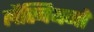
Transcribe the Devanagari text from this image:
लैस्बियनों